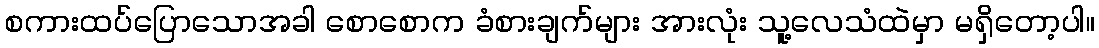
စကားထပ်ပြောသောအခါ စောစောက ခံစားချက်များ အားလုံး သူ့လေသံထဲမှာ မရှိတော့ပါ။